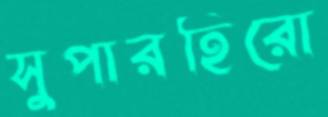
সুপারহিরো